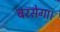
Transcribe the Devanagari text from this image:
बरसेगा।